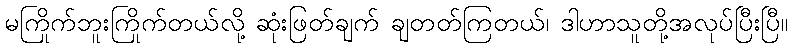
မကြိုက်ဘူးကြိုက်တယ်လို့ ဆုံးဖြတ်ချက် ချတတ်ကြတယ်၊ ဒါဟာသူတို့အလုပ်ပြီးပြီ။